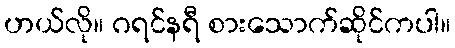
ဟယ်လို။ ဂရင်နရီ စားသောက်ဆိုင်ကပါ။